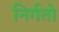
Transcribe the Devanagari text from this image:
निर्गतो